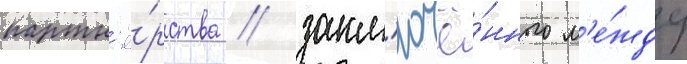
партн'ё́рства / закл'ючё́нного м'е́жду